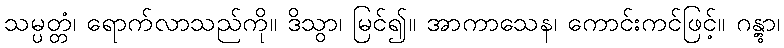
သမ္ပတ္တံ၊ ရောက်လာသည်ကို။ ဒိသွာ၊ မြင်၍။ အာကာသေန၊ ကောင်းကင်ဖြင့်။ ဂန္တွာ၊